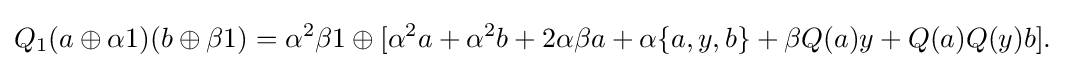
\displaystyle {Q_{1}(a\oplus \alpha 1)(b\oplus \beta 1)=\alpha ^{2}\beta 1\oplus [\alpha ^{2}a+\alpha ^{2}b+2\alpha \beta a+\alpha \{a,y,b\}+\beta Q(a)y+Q(a)Q(y)b].}